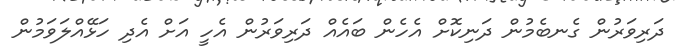
ދަރިވަރުން ގެނބެމުން ދަނިކޮށް އެހެން ބައެއް ދަރިވަރުން އެހީ އަށް އެދި ހަޅޭއްލަވަމުން